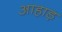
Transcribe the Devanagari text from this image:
आहाड़